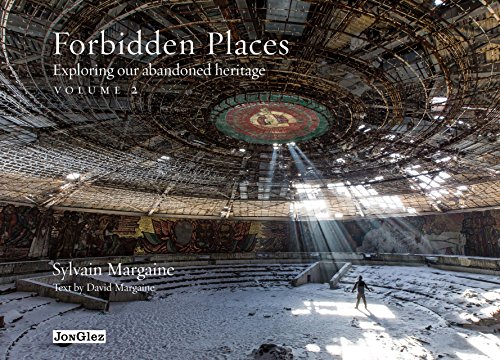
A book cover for Forbidden Places: Exploring Our Abandoned Heritage (Jonglez Guides) (Volume 2); Sylvain Margaine; Travel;